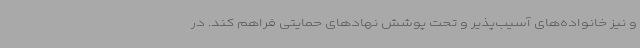
و نیز خانواده‌های آسیب‌پذیر و تحت پوشش نهادهای حمایتی فراهم کند. در